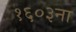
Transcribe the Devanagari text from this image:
१६०३ना